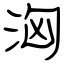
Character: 洶